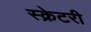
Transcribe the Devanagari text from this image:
स्क्रेटरी